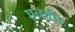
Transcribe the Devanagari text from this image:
एनवीए